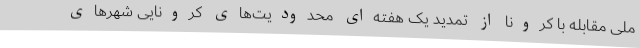
ملی مقابله با کرونا از تمدید یک هفته‌ای محدودیت‌های کرونایی شهرهای